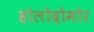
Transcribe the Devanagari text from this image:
होलोदोमोर